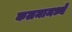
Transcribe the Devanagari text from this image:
कलमामध्ये